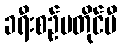
ခရီးစဉ်မတိုင်မီ